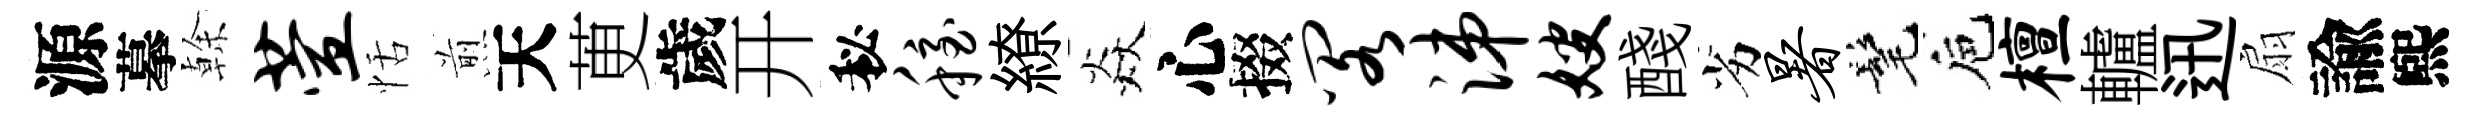
源摹𠏉萱恬煎天茰歲开秘稳繚焱心掇阁涕嫂醆劣暑髦巵檀轤迅扇諭煕